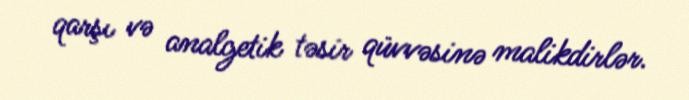
qarşı və analgetik təsir qüvvəsinə malikdirlər.